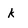
Character: K